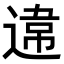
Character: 𨔻